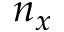
n _ { x }